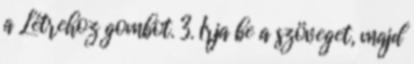
a Létrehoz gombot. 3. Írja be a szöveget, majd